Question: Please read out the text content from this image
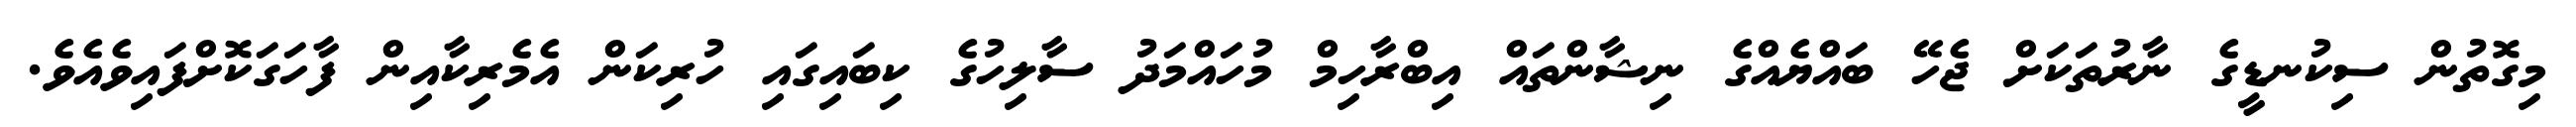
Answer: މިގޮތުން ސިކުނޑީގެ ނާރުތަކަށް ޖެހޭ ބައްޔެއްގެ ނިޝާންތައް އިބްރާހިމް މުހައްމަދު ސާލިހުގެ ކިބައިގައި ހުރިކަން އެމެރިކާއިން ފާހަގަކޮށްފައިވެއެވެ.